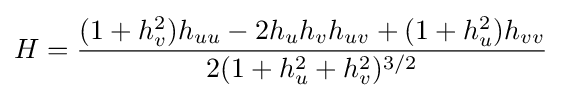
H={\frac {(1+h_{v}^{2})h_{uu}-2h_{u}h_{v}h_{uv}+(1+h_{u}^{2})h_{vv}}{2(1+h_{u}^{2}+h_{v}^{2})^{3/2}}}